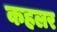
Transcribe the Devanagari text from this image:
कहलर